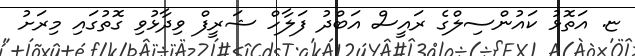
ޏ. އަތޮޅު ކައުންސިލްގެ ރައީސް އަބްދު ފަލާހް ޝަރީފް ވިދާޅުވި ގޮތުގައި މިރަށު